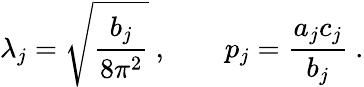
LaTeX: \lambda_{j}=\sqrt{\frac{b_{j}}{8\pi^{2}}}~,\qquad p_{j}=\frac{a_{j}c_{j}}{b_{j}}~.